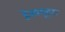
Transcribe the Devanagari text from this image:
डेस्चयूट्स